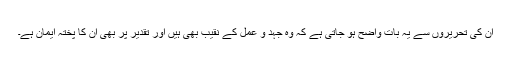
ان کی تحریروں سے یہ بات واضح ہو جاتی ہے کہ وہ جہد و عمل کے نقیب بھی ہیں اور تقدیر پر بھی ان کا پختہ ایمان ہے۔